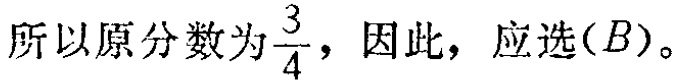
所以原分数为$\frac{3}{4}$，因此，应选$(B)$。